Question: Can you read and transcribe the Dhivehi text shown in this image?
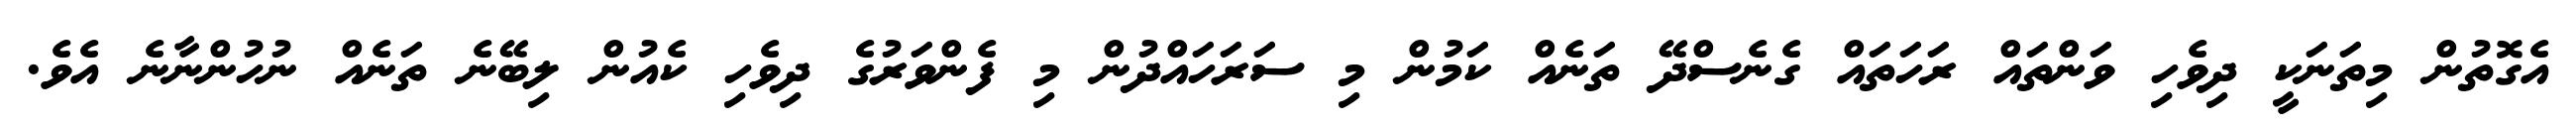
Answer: އެގޮތުން މިތަނަކީ ދިވެހި ވަންތައް ރަހަތައް ގެނެސްދޭ ތަނެއް ކަމުން މި ސަރަހައްދުން މި ފެންވަރުގެ ދިވެހި ކެއުން ލިބޭނެ ތަނެއް ނުހުންނާނެ އެވެ.